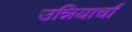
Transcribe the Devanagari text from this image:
उन्नियार्चा